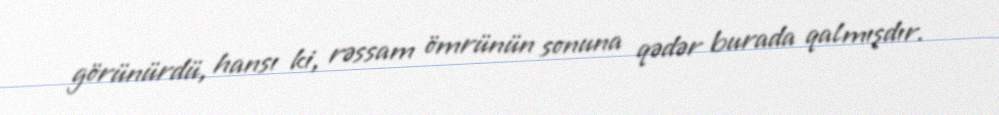
görünürdü, hansı ki, rəssam ömrünün sonuna qədər burada qalmışdır.